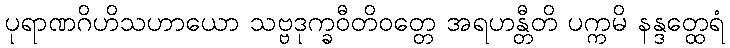
ပုရာဏဂိဟိသဟာယော သဗ္ဗဒုက္ခဝီတိဝတ္တေ အရဟန္တီတိ ပက္ကမိ နန္ဒတ္ထေရံ